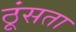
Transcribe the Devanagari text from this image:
ठूंसता